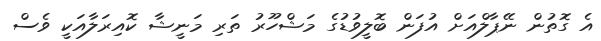
އެ ގޮތުން ނޭޕާލްއަށް އުފަން ބޮލީވުޑުގެ މަޝްހޫރު ތަރި މަނީޝާ ކޮއިރަލާއަކީ ވެސް